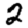
Digit: 2